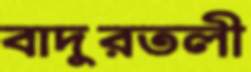
বাদুরতলী